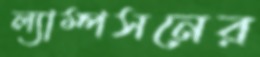
ল্যাম্পসনের